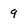
Character: 9